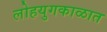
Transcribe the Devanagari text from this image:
लोहयुगकाळात